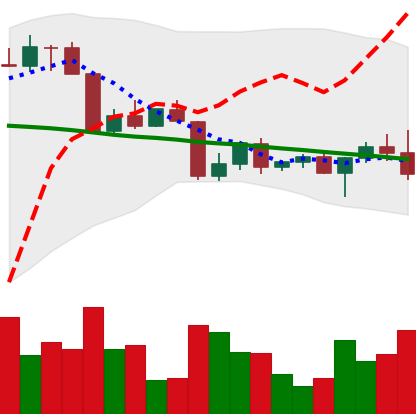
Ticker: ETH-USD
Chart end date: 2022-04-21
Forward return: -5.998%
Label: down_5_7